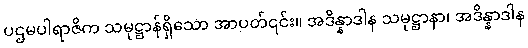
ပဌမပါရာဇိက သမုဋ္ဌာန်ရှိသော အာပတ်၎င်း။ အဒိန္နာဒါန သမုဋ္ဌာနာ၊ အဒိန္နာဒါန